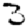
Digit: 3